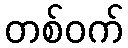
တစ်ဝက်